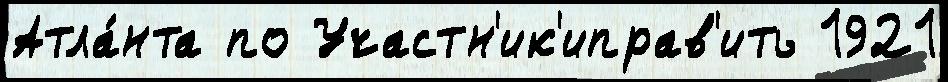
Атла́нта по Участн'ик'иправ'ить 1921